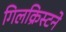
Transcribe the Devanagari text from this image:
गिलक्रिस्टने